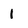
Character: 1